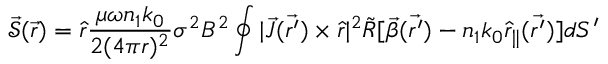
\mathcal { \vec { S } } ( \vec { r } ) = \hat { r } \frac { \mu \omega n _ { 1 } k _ { 0 } } { 2 ( 4 \pi r ) ^ { 2 } } \sigma ^ { 2 } B ^ { 2 } \oint | \vec { J } ( \vec { r ^ { \prime } } ) \times \hat { r } | ^ { 2 } \tilde { R } [ \vec { \beta } ( \vec { r ^ { \prime } } ) - n _ { 1 } k _ { 0 } \hat { r } _ { \| } ( \vec { r ^ { \prime } } ) ] d S ^ { \prime }